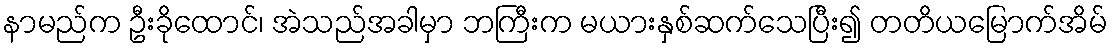
နာမည်က ဦးခိုထောင်၊ အဲသည်အခါမှာ ဘကြီးက မယားနှစ်ဆက်သေပြီး၍ တတိယမြောက်အိမ်